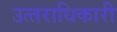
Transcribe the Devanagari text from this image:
उत्‍तराधिकारी